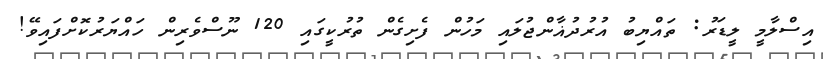
އިސްލާމީ ލީޑަރު: ތައްޔިބު އުރުދުޣާންޖުލައި މަހުން ފެށިގެން ތުރުކީގައި 120 ނޫސްވެރިން ހައްޔަރުކޮށްފައިވޭ!